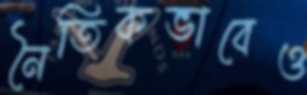
নৈতিকভাবেও